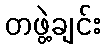
တဖွဲ့ချင်း